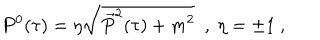
P ^ { 0 } ( \tau ) = \eta \sqrt { \vec { P } ^ { 2 } ( \tau ) + m ^ { 2 } } \ \ , \ \eta = \pm 1 \ ,